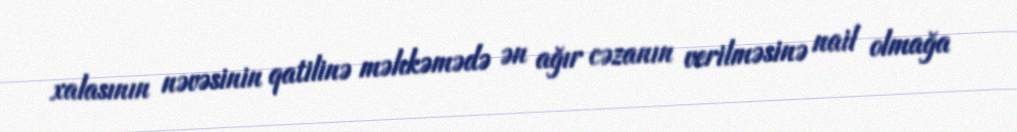
xalasının nəvəsinin qatilinə məhkəmədə ən ağır cəzanın verilməsinə nail olmağa